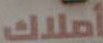
أملاك